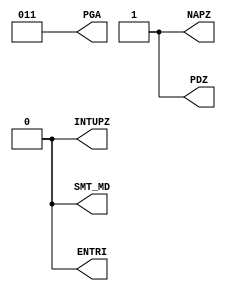
module ReadoutConfigurator(
           SMT_MD, PDZ, NAPZ, ENTRI, INTUPZ, PGA,
       );
output SMT_MD, PDZ, NAPZ, ENTRI, INTUPZ;
output [2:0] PGA;

assign SMT_MD = 0; // Sequential mode
assign PDZ = 1; // active low
assign NAPZ = 1; // active low
// TODO: Add explanation
assign ENTRI = 0; // ???
assign INTUPZ = 0; // ???
assign PGA = 3; // ???
endmodule